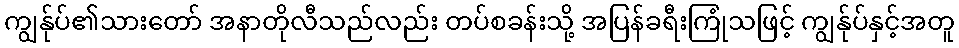
ကျွန်ုပ်၏သားတော် အနာတိုလီသည်လည်း တပ်စခန်းသို့ အပြန်ခရီးကြုံသဖြင့် ကျွန်ုပ်နှင့်အတူ